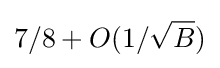
7/8+O(1/{\sqrt {B}})